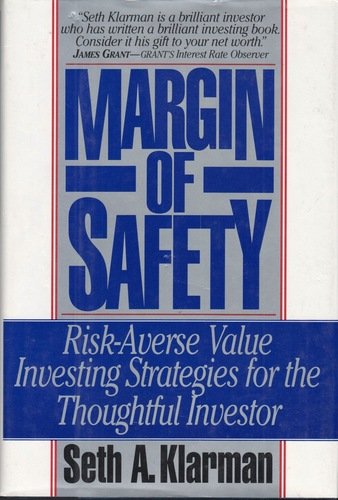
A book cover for Margin of Safety: Risk-Averse Value Investing Strategies for the Thoughtful Investor; Seth A. Klarman; Business & Money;